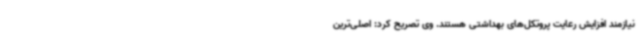
نیازمند افزایش رعایت پروتکل‌های بهداشتی هستند. وی تصریح کرد: اصلی‌ترین